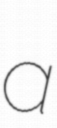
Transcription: a